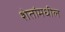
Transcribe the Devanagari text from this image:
शेतांमधील